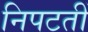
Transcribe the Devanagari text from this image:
निपटतीं